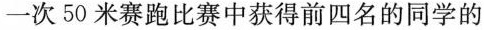
一次50米赛跑比赛中获得前四名的同学的